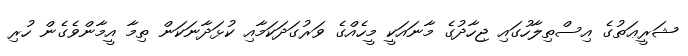
ޝަރީޢަތުގެ އިސްތިލާހުގައި ޖިހާދުގެ މާނައަކީ މީހެއްގެ ވަރުގަދަކަމާއި ކުޅަދާނަކަން ތިމާ އީމާންވެގެން ހުރި